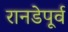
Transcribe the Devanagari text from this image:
रानडेपूर्व